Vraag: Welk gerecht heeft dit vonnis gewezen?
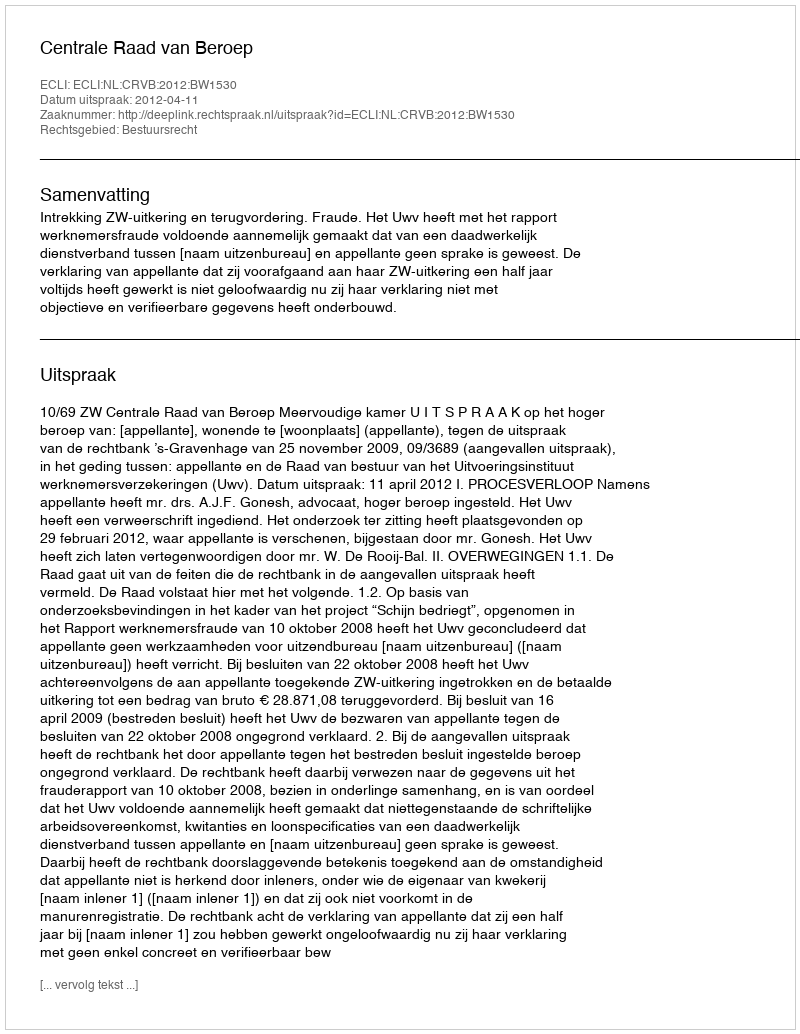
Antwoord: Centrale Raad van Beroep